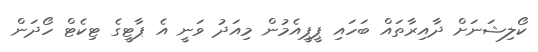
ކޯލިޝަނަށް ދާއިރާތައް ބަހައި ޕީޕީއެމުން މިއަދު ވަނީ އެ ޕާޓީގެ ޓިކެޓް ހޯދަން